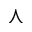
\curlywedge